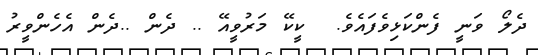
ދެލޯ ވަނީ ފެންކަޅިވެފައެވެ.  ކީކޭ މަރުވީއޭ .. ދެން ..ދެން އެހެންވީރު